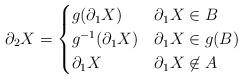
LaTeX: \begin{align*}\partial_2 X = \begin{cases}g(\partial_1 X) & \partial_1 X \in B \\g^{-1}(\partial_1 X) & \partial_1 X \in g(B) \\\partial_1 X & \partial_1 X \not\in A\end{cases}\end{align*}